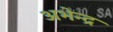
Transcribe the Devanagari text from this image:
अभेन्द्र